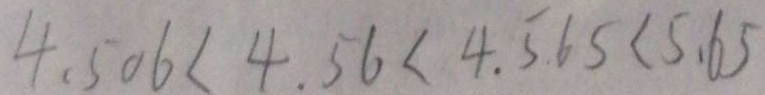
4 . 5 0 6 < 4 . 5 6 < 4 . 5 . 6 5 < 5 . 6 5